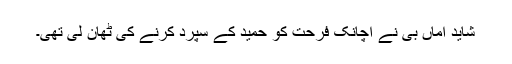
شاید اماں بی نے اچانک فرحت کو حمید کے سپرد کرنے کی ٹھان لی تھی۔